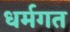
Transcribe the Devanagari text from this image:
धर्मगत